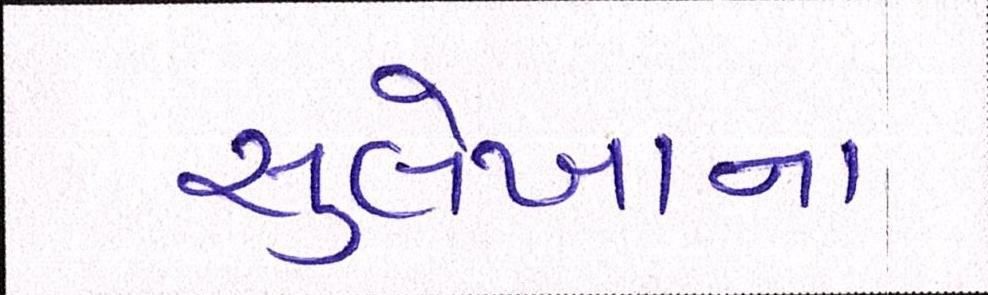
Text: સુલેખાના